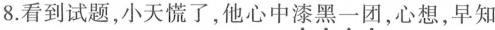
8.看到试题，小天慌了，他心中漆黑一团，心想，早知